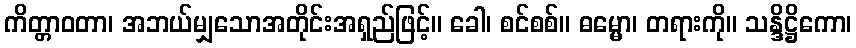
ကိတ္တာဝတာ၊ အဘယ်မျှသောအတိုင်းအရှည်ဖြင့်။ ခေါ၊ စင်စစ်။ ဓမ္မော၊ တရားကို။ သန္ဒိဋ္ဌိကော၊